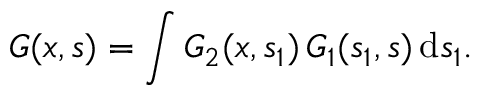
G ( x , s ) = \int G _ { 2 } ( x , s _ { 1 } ) \, G _ { 1 } ( s _ { 1 } , s ) \, \mathrm { d } s _ { 1 } .